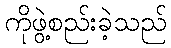
ကိုဖွဲ့စည်းခဲ့သည်